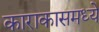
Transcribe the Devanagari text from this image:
काराकासमध्ये